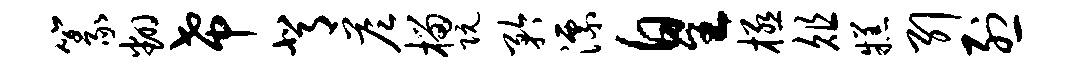
篆翻希背答榴阮矜漂皇极俎糕引烈